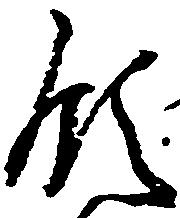
領